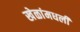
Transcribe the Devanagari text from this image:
खेळांमधली